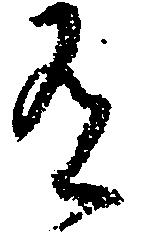
有